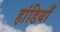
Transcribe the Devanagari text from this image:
हांडियाँ